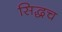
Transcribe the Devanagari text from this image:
सिद्धच